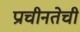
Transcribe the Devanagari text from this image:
प्राचीनतेची